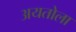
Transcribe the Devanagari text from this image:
अयतोला